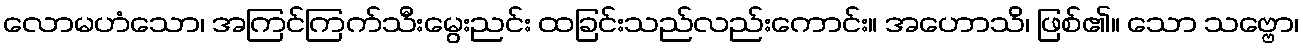
လောမဟံသော၊ အကြင်ကြက်သီးမွေးညင်း ထခြင်းသည်လည်းကောင်း။ အဟောသိ၊ ဖြစ်၏။ သော သဗ္ဗော၊